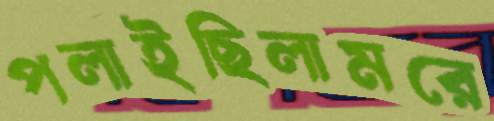
পলাইছিলামরে